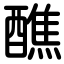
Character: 醮